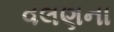
વલણના